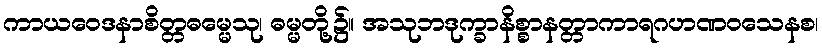
ကာယဝေဒနာစိတ္တဓမ္မေသု၊ ဓမ္မတို့၌။ အသုဘဒုက္ခာနိစ္စာနတ္တာကာရဂဟဏဝသေနစ၊